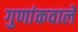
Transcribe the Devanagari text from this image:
गुणांकवाले